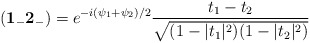
\begin{align*} ({\bf 1_-2_-}) = e^{-i{(\psi_1+\psi_2)/2}} \frac{t_1-t_2}{\sqrt{(1-|t_1|^2)(1-|t_2|^2)}}\end{align*}